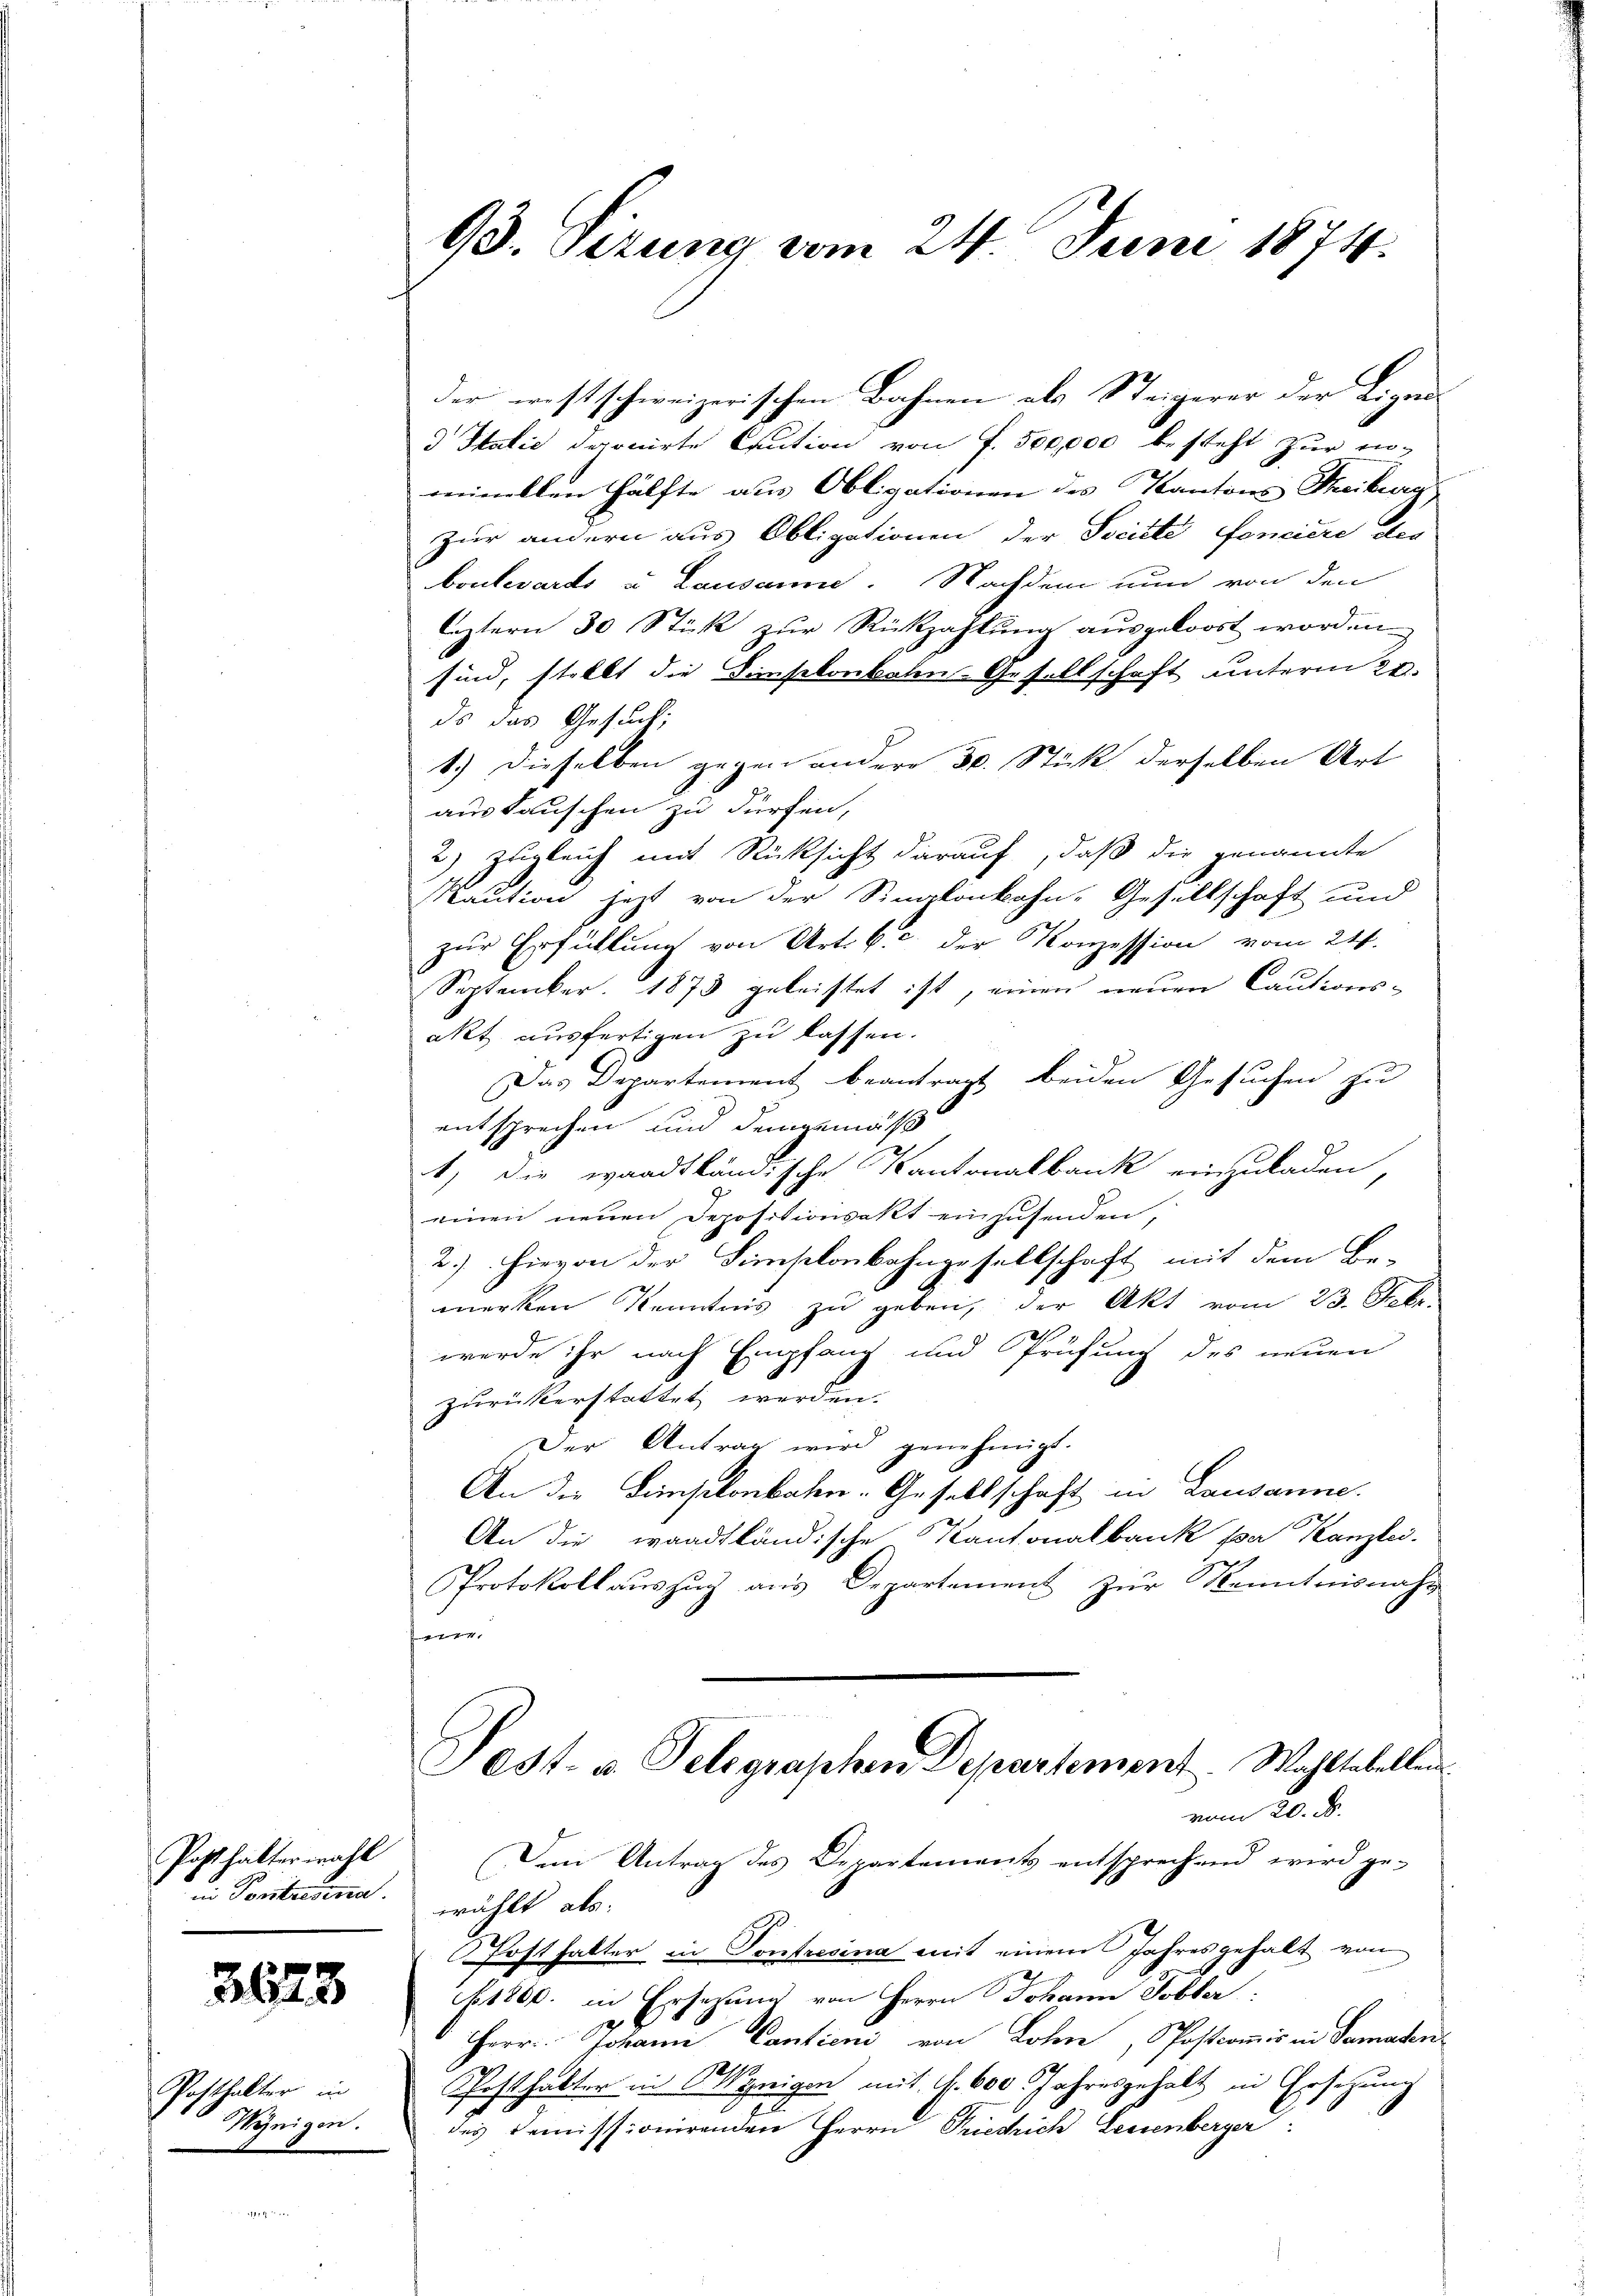
Post hattermahl
i Ponitresena

3628

Posthalter in
Weigen.

93. Sizung vom 24. Juni 1874.

der westschweizerischen Bahnen als Steigerer der Eigen
d Italić daonirte Caution von f. 500,000 besteht zur in-
rermellen Hälfte aus Obligationen des Kantons Theiberg
zur andern aus Obligationen der Société fonciere des
boulevards u. Lausanne. Nachdem nun von den
leztern 30 Stük zŭr Rückzahlŭng ausgeloost worden.
sind, stellt die Feinsekonbaten-Gesellschaft unterm 20.
ds das Gesuch,
1.) Dieselben gegen andere 30. Stück derselben Art
austauschen zu dürfen,
2) zugleich mit Rücksicht darauf, daß die genannte
Maution jetzt von der Singlenbahn- Gesellschaft und
zur Erfüllung von Art. C. c. der Konzession vom 24.
September. 1873 geleistet ist, einen neuen Cautions-
akt ausfertigen zu lassen.
Das Departement beantragt beiden Gesuchen zu
entsprechen und demgemäß
1) die waadtländische Kantonalbank einzuladen,
einen neuen Depositionsakt einzusenden,
2.) Hievon der Simselonbahngesellschaft mit dem Be-
merken Kenntnis zu geben, der Akt vom 23. Febr.
werde ihr nach Empfang und Prüfung des neuen
zurückerstattet werden.
Der Antrag wird genehmigt.
An die Simselonbahn-Gesellschaft in Lausanne.
An die waadtländische Kantonalbank par Kanzlei.
Protokollauszug aus Departement zur Kenntnisnah
fanen
Sost- u. Telegraphen Departement. Wahltabellen.
vom 20. d.
Dem Antrag des Departements entsprechend wird ge-
wählt als:
Posthalter in Sontresina mit einem Jahresgehalt von
.1800. in Ersezung von Herrn Johann Tobler:
2
Herr Johann Cantien von Lohn, Postcommis in Samaten
l
Posthalter in Anzeigen mit. S. 600 Jahresgehalt in Ersetzung
r
des Demissionirenden Herrn Priechich Leuenberger